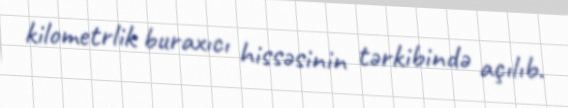
kilometrlik buraxıcı hissəsinin tərkibində açılıb.